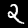
Label: 2